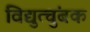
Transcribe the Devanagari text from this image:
विद्युत्चुंबक